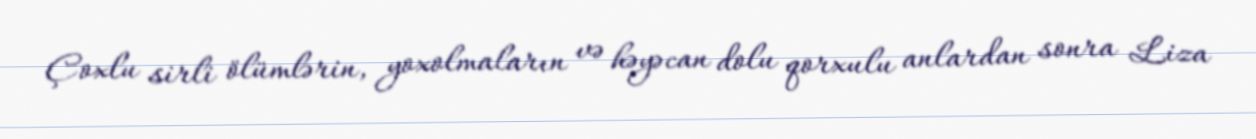
Çoxlu sirli ölümlərin, yoxolmaların və həyəcan dolu qorxulu anlardan sonra Liza